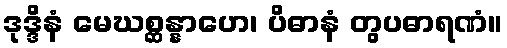
ဒုဒ္ဒိနံ မေဃစ္ဆန္နာဟေ၊ ပိဓာနံ တွပဓာရဏံ။